Indian journal of veterinary science and animal husbandry - Volume 9,
Year: 1939
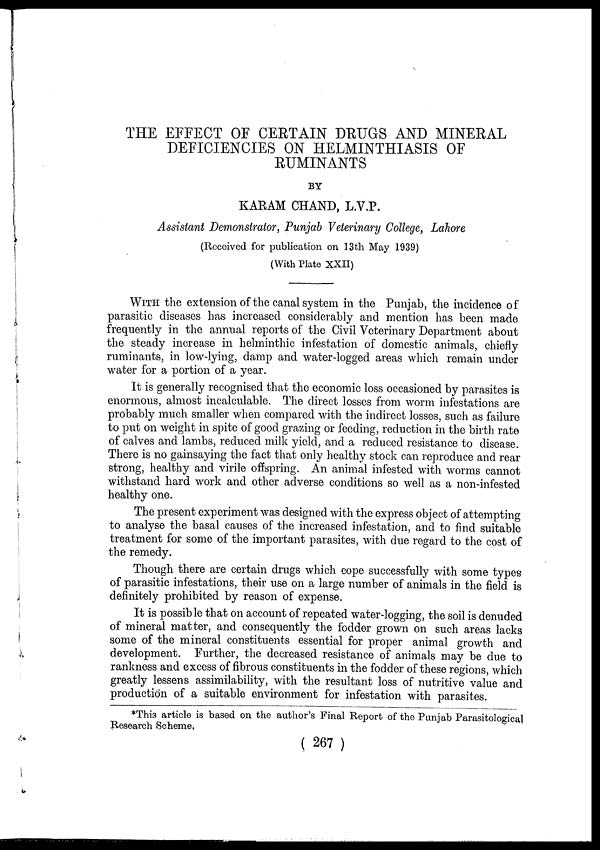
THE EFFECT OF CERTAIN DRUGS AND MINERAL
DEFICIENCIES ON HELMINTHIASIS OF
RUMINANTS
BY
KARAM CHAND, L.V.P.
Assistant Demonstrator, Punjab Veterinary College, Lahore
(Received for publication on 13th May 1939)
(With Plate XXII)
WITH the extension of the canal system in the Punjab, the incidence of
parasitic diseases has increased considerably and mention has been made
frequently in the annual reports of the Civil Veterinary Department about
the steady increase in helminthic infestation of domestic animals, chiefly
ruminants, in low-lying, damp and water-logged areas which remain under
water for a portion of a year.
It is generally recognised that the economic loss occasioned by parasites is
enormous, almost incalculable. The direct losses from worm infestations are
probably much smaller when compared with the indirect losses, such as failure
to put on weight in spite of good grazing or feeding, reduction in the birth rate
of calves and lambs, reduced milk yield, and a reduced resistance to disease.
There is no gainsaying the fact that only healthy stock can reproduce and rear
strong, healthy and virile offspring. An animal infested with worms cannot
withstand hard work and other adverse conditions so well as a non-infested
healthy one.
The present experiment was designed with the express object of attempting
to analyse the basal causes of the increased infestation, and to find suitable
treatment for some of the important parasites, with due regard to the cost of
the remedy.
Though there are certain drugs which cope successfully with some types
of parasitic infestations, their use on a large number of animals in the field is
definitely prohibited by reason of expense.
It is possible that on account of repeated water-logging, the soil is denuded
of mineral matter, and consequently the fodder grown on such areas lacks
some of the mineral constituents essential for proper animal growth and
development. Further, the decreased resistance of animals may be due to
rankness and excess of fibrous constituents in the fodder of these regions, which
greatly lessens assimilability, with the resultant loss of nutritive value and
production of a suitable environment for infestation with parasites.
*This article is based on the author's Final Report of the Punjab Parasitological
Research Scheme.
( 267 )